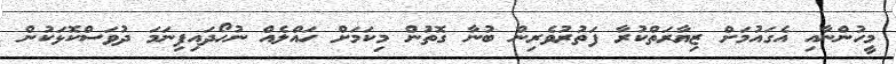
މީހުންނާއި އެގައުމަށް ޒިޔާރަތްކުރާ ފަތުރުވެެރިން ބުނާ ގޮތުން މިކަމަށް ހައްލެއް ނުހޯދައިފިނަމަ ދުވަސްކޮޅަކުން